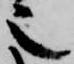
也